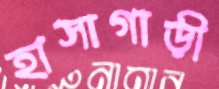
হাসাগাড়ী